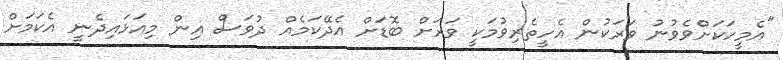
"އެމީހަކަށްވެވުނު ވަރަކުން އެހީތެރިވުމަކީ ވަރަށް ބޮޑަށް އެދޭކަމެއް ދުވަސް އިން މިއަޅައިދެނީ އެކަމަށް